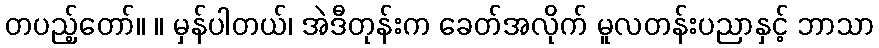
တပည့်တော်။ ။ မှန်ပါတယ်၊ အဲဒီတုန်းက ခေတ်အလိုက် မူလတန်းပညာနှင့် ဘာသာ